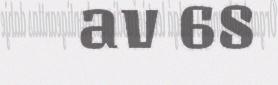
av 68